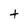
Character: t